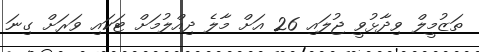
ތަޒުމީލް ވިދާޅުވީ ޖުލައި 26 އަށް މާލެ ދިއްލުމަށް ޓަކައި ވަރަށް ގިނަ